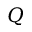
Q